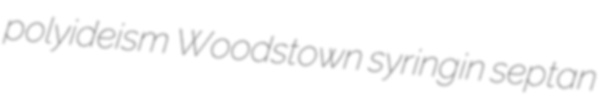
polyideism Woodstown syringin septan